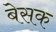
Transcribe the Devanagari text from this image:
बेसक